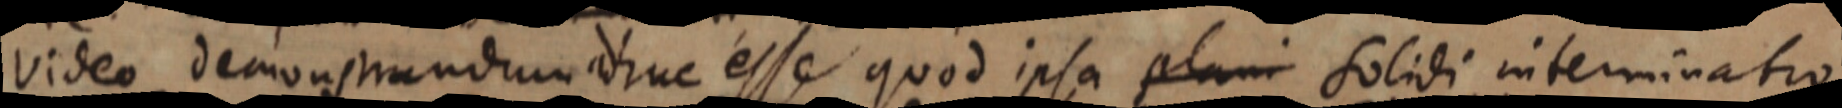
video demonstrandum adhuc esse quod ipsa plani Solidi interminatio